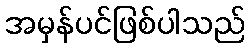
အမှန်ပင်ဖြစ်ပါသည်